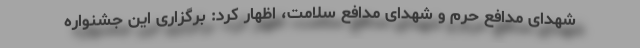
شهدای مدافع حرم و شهدای مدافع سلامت، اظهار کرد: برگزاری این جشنواره